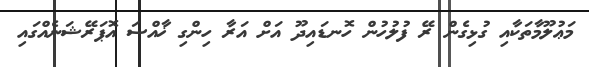
މަޢުލޫމާތަކާއި ގުޅިގެން ރޭ ފުލުހުން ހޮނޑައިދޫ އަށް އަރާ ހިންގި ޚާއްސަ އޮޕަރޭޝަނެއްގައި